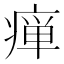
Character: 瘅